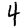
Digit: 4